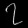
Digit: ၇